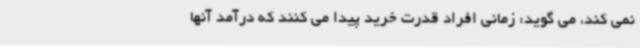
نمی کند، می گوید: زمانی افراد قدرت خرید پیدا می کنند که درآمد آنها